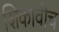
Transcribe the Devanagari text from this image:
शिकावीच